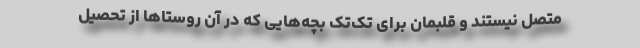
متصل نیستند و قلبمان برای تک‌تک بچه‌هایی که در آن روستاها از تحصیل